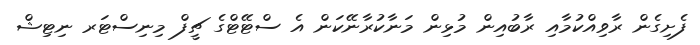
ފެށިގެން ރާވިއްކުމާއި ރާބުއިން މުޅިން މަނާކުރާނޭކަން އެ ސްޓޭޓްގެ ޗީފް މިނިސްޓަރ ނިޓިޝް